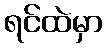
ရင်ထဲမှာ